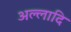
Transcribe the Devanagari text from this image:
अल्लादि